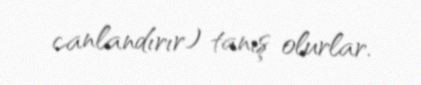
canlandırır) tanış olurlar.